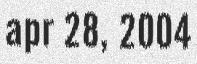
apr 28, 2004